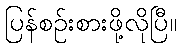
ပြန်စဉ်းစားဖို့လိုပြီ။